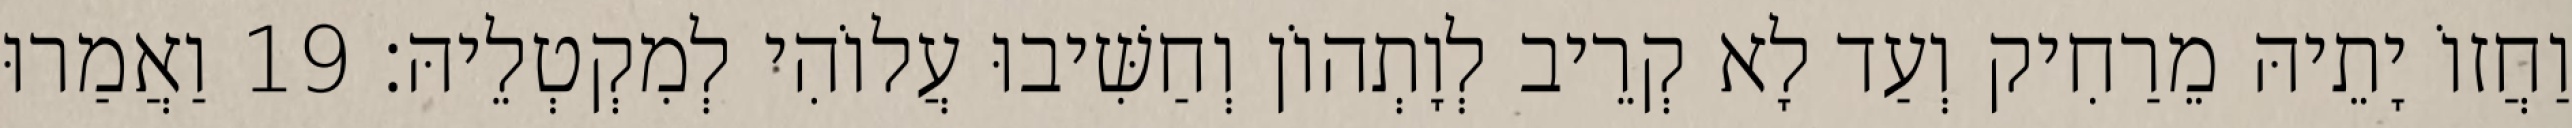
וַחֲזוֹ יָתֵיהּ מֵרַחִיק וְעַד לָא קְרֵיב לְוָתְהוֹן וְחַשִּׁיבוּ עֲלוֹהִי לְמִקְטְלֵיהּ׃ 19 וַאֲמַרוּ